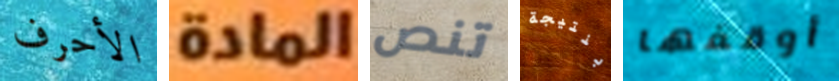
الأحرف المادة تنص بنتيجة أوقفها